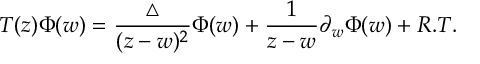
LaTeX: T ( z ) \Phi ( w ) = \frac { \bigtriangleup } { ( z - w ) ^ { 2 } } \Phi ( w ) + \frac { 1 } { z - w } \partial _ { w } { \Phi ( w ) } + R . T .